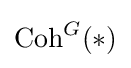
{\text{Coh}}^{G}(*)